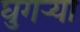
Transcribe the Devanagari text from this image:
घुगऱ्या